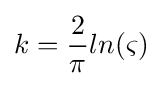
k={\frac {2}{\pi }}ln(\varsigma )